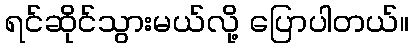
ရင်ဆိုင်သွားမယ်လို့ ပြောပါတယ်။